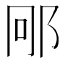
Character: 𮟱